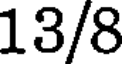
13/8